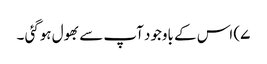
۷) اس کے باوجود آپ سے بھول ہوگئی ۔